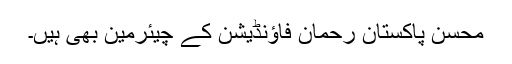
محسن پاکستان رحمان فاؤنڈیشن کے چیئرمین بھی ہیں۔